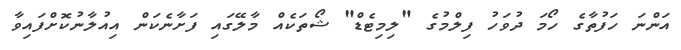
އަންނަ ހަފުތާގެ ހޯމަ ދުވަހު ފިލްމުގެ "ލިމިޓެޑް" ޝޯތަކެއް މާލޭގައި ފަށާނެކަން އިއުލާނުކޮށްފައިވާ